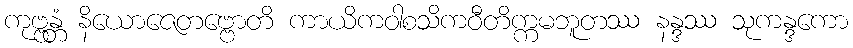
ကုဗ္ဗန္တံ နိယောဇေတဗ္ဗောတိ ကာယိကဝါစသိကဝီတိက္ကမဘူတဿ နန္ဒဿ သုကန္ဒကော